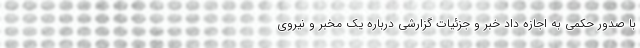
با صدور حکمی به اجازه داد خبر و جزئیات گزارشی درباره یک مخبر و نیروی